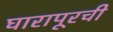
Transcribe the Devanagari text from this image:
घारापूरची